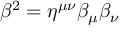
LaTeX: \beta ^ { 2 } = \eta ^ { \mu \nu } \beta _ { \mu } \beta _ { \nu }